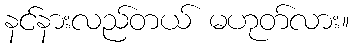
နင်နားလည်တယ် မဟုတ်လား။